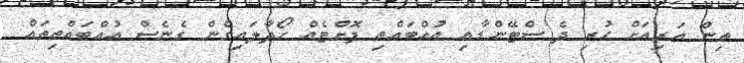
ތިން އަރިއަށް ހުރި ދެ ސްޓޭންޑާއި އުއްބައްތި ފޮށްޓެއް ހޯދާލައިގެން ގެނެސް އުއްބައްތިތައް